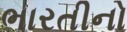
ભારતીનો